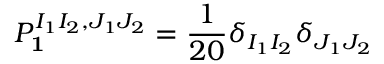
P _ { { \bf { 1 } } } ^ { I _ { 1 } I _ { 2 } , J _ { 1 } J _ { 2 } } = \frac { 1 } { 2 0 } \delta _ { I _ { 1 } I _ { 2 } } \delta _ { J _ { 1 } J _ { 2 } }